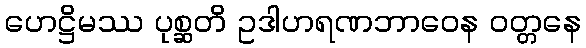
ဟေဋ္ဌိမဿ ပုစ္ဆတိ ဥဒါဟရဏဘာဝေန ဝတ္တနေ